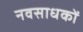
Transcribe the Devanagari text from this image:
नवसाधकों